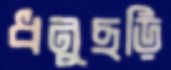
ধনুছড়ি